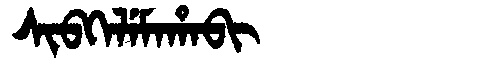
Manchu: ᠰᡳᠪᡴᡝᠯᡝᠮᠠᡥᠠᠪᡳ
Romanization: SIBKELEMAHABI